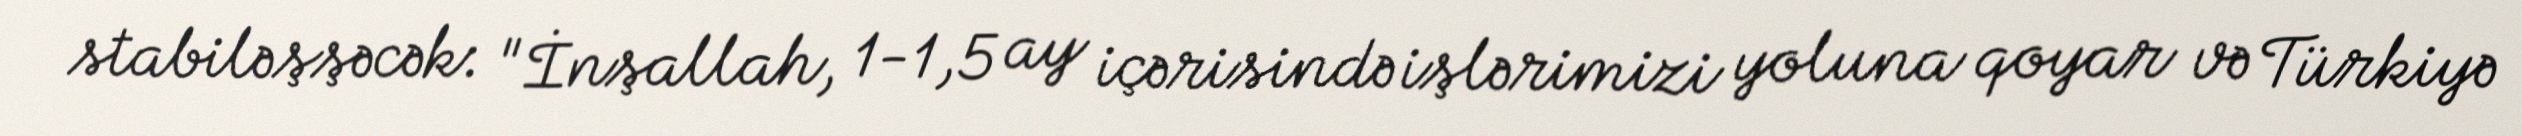
stabiləşşəcək: "İnşallah, 1-1,5 ay içərisində işlərimizi yoluna qoyar və Türkiyə